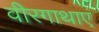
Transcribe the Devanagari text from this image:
वीरगाथाएं